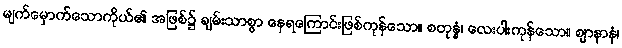
မျက်မှောက်သောကိုယ်၏ အဖြစ်၌ ချမ်းသာစွာ နေရကြောင်းဖြစ်ကုန်သော။ စတုန္နံ၊ လေးပါးကုန်သော။ ဈာနာနံ၊